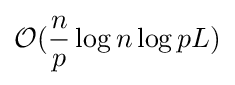
{\mathcal {O}}({\frac {n}{p}}\log n\log pL)